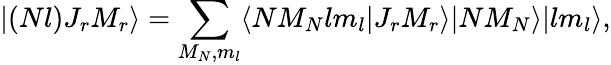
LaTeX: |(Nl)J_{r}M_{r}\rangle=\sum_{M_{N},m_{l}}\langle NM_{N}lm_{l}|J_{r}M_{r}\rangle|NM_{N}\rangle|lm_{l}\rangle,